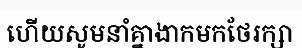
ហើយសូមនាំគ្នាងាកមកថែរក្សា